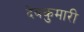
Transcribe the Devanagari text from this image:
देवकुमारी